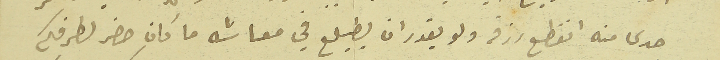
حدى منه انقطع رزقه ولو يقدر ان يطيلع في معاشه ما كان حضر لطرفكم